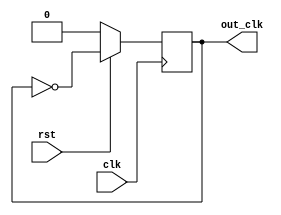
module clk_div_2 ( clk ,rst,out_clk );
output reg out_clk;
input clk ;
input rst;
always @(posedge clk)
begin
if (~rst)
     out_clk <= 1'b0;
else
     out_clk <= ~out_clk;	
end
endmodule